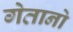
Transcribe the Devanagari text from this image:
गेतानो